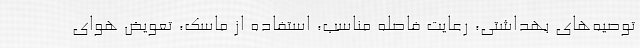
توصیه‌های بهداشتی، رعایت فاصله مناسب، استفاده از ماسک، تعویض هوای